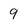
Character: 9